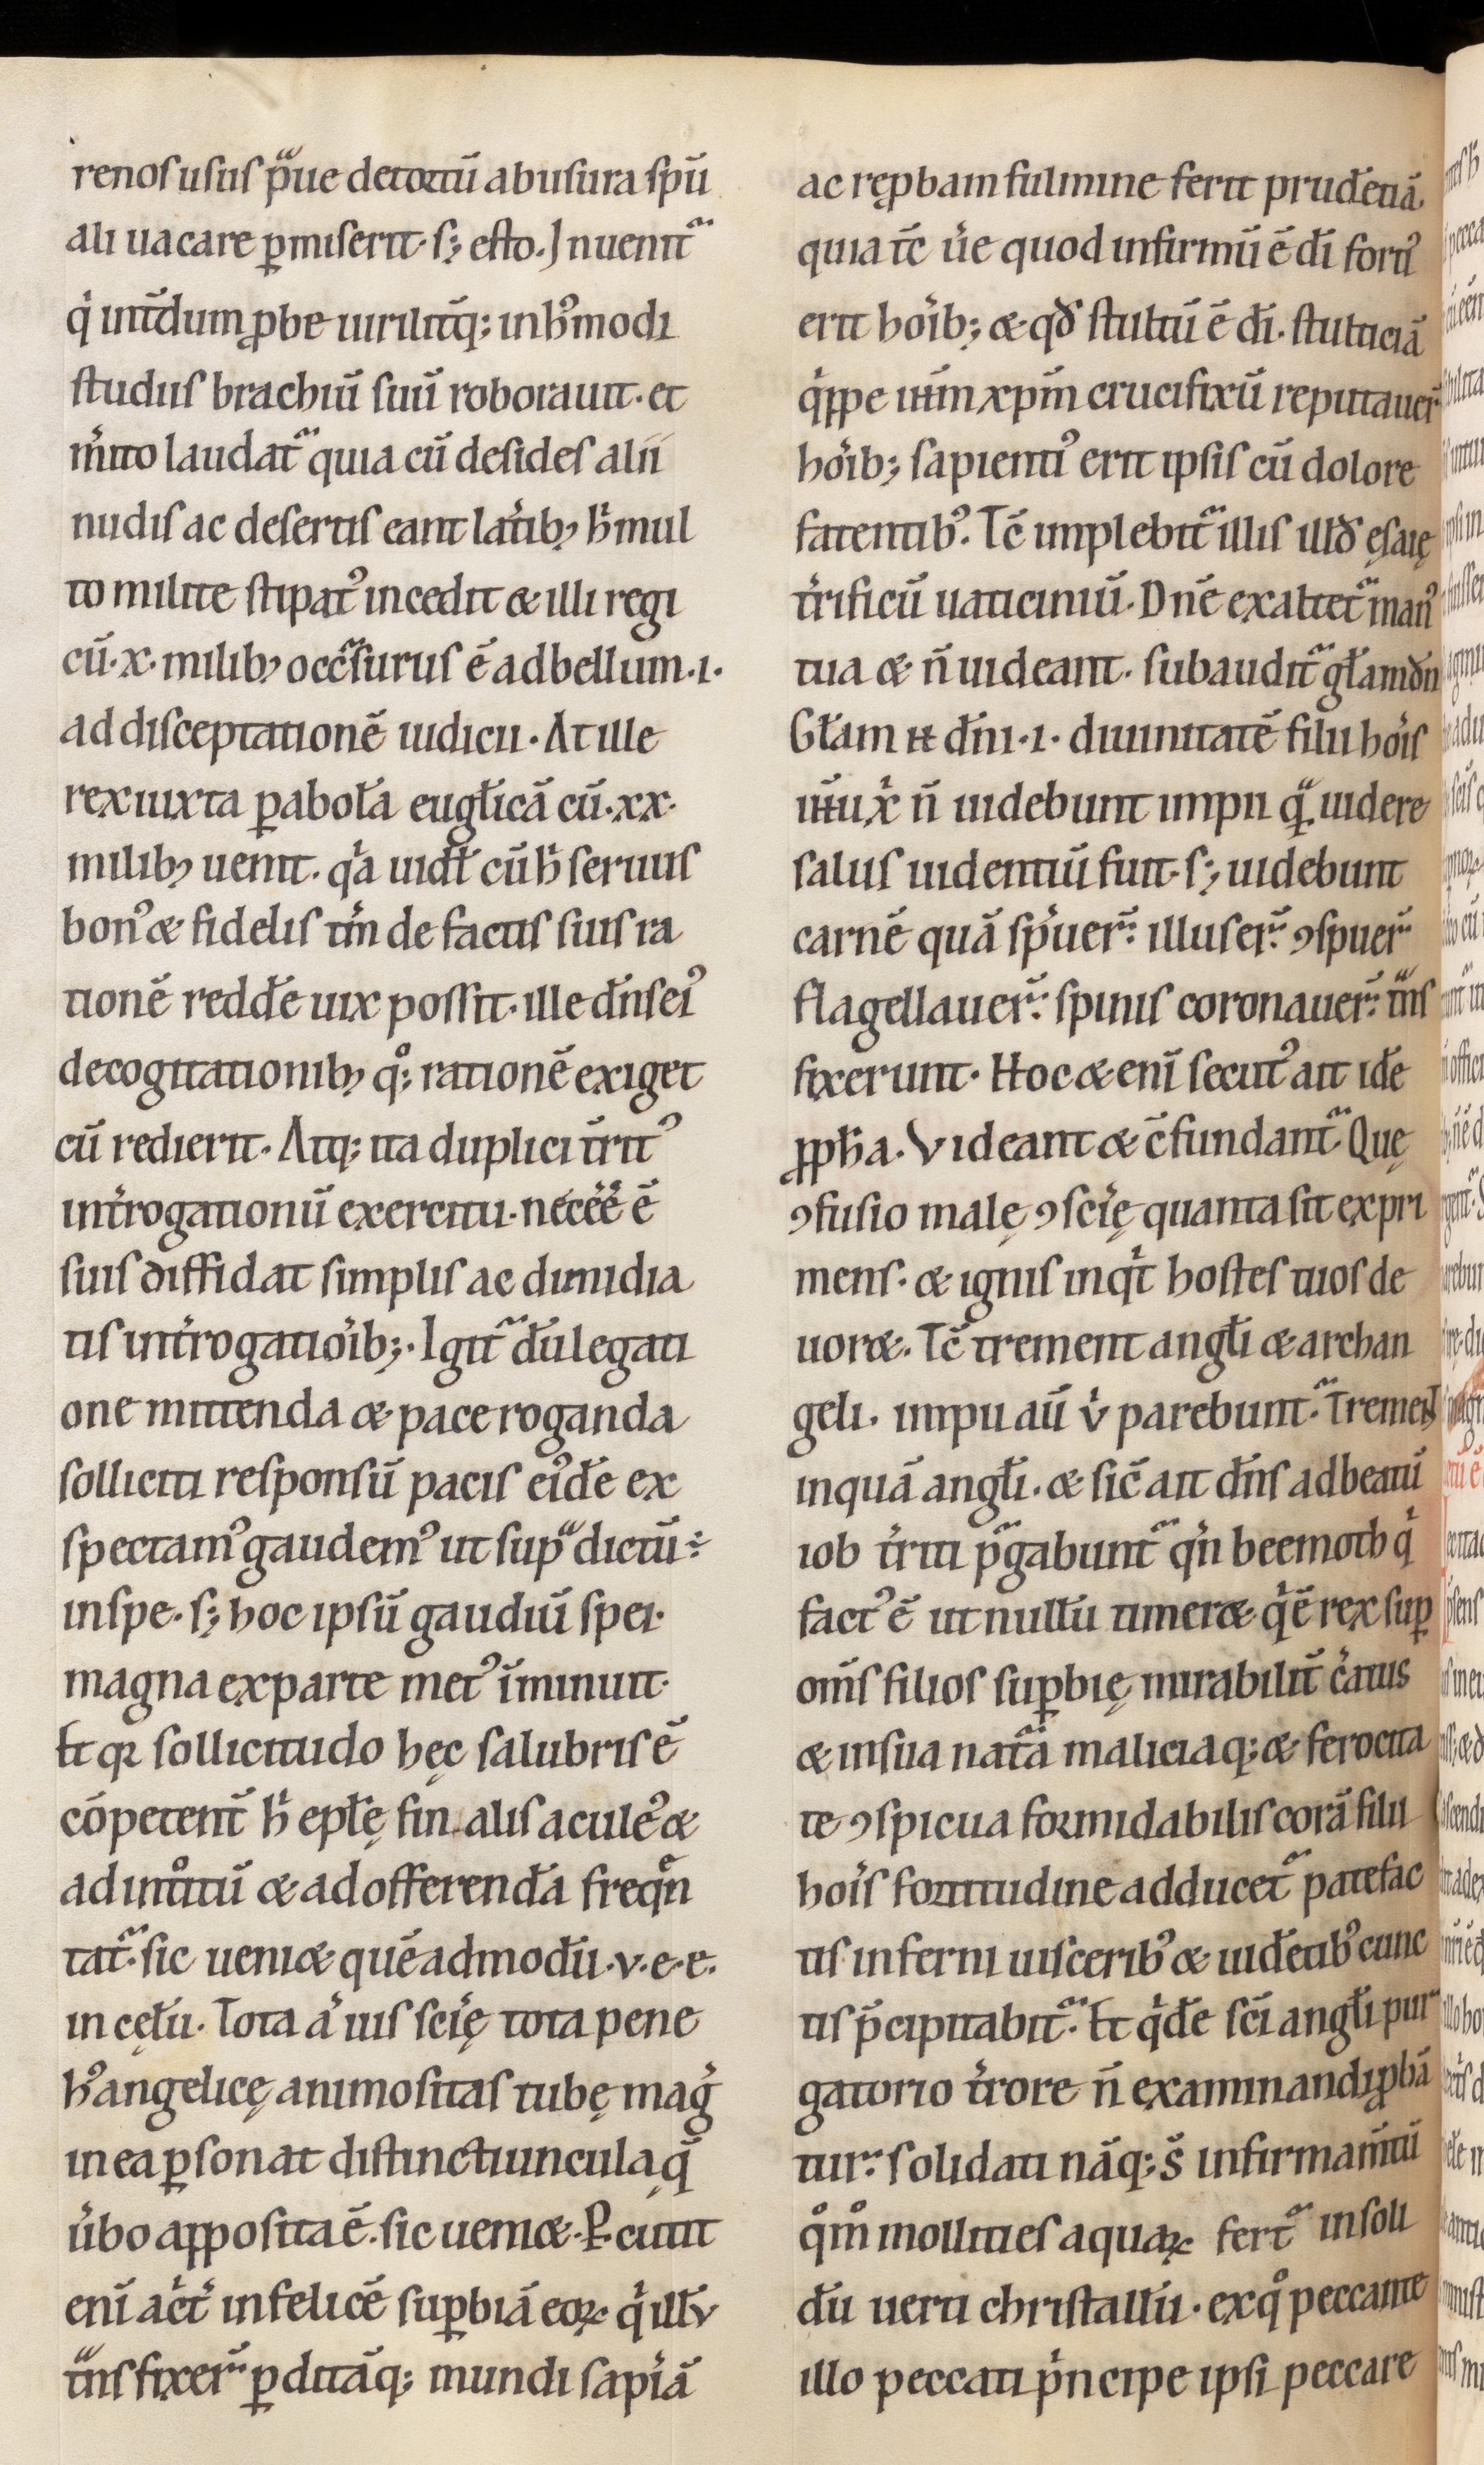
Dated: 1100–1199